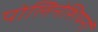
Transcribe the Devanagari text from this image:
पोलिनेशियनों